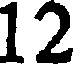
12